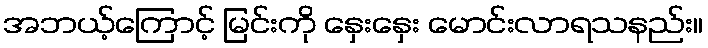
အဘယ့်ကြောင့် မြင်းကို နှေးနှေး မောင်းလာရသနည်း။